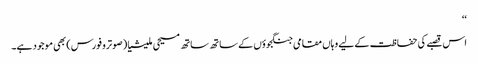
‘‘
اس قصبے کی حفاظت کے لیے وہاں مقامی جنگجوؤں کے ساتھ ساتھ مسیحی ملیشیا (صوترو فورس) بھی موجود ہے۔